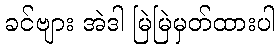
ခင်ဗျား အဲဒါ မြဲမြဲမှတ်ထားပါ